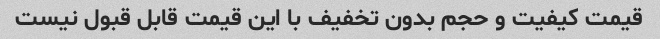
قیمت کیفیت و حجم بدون تخفیف با این قیمت قابل قبول نیست